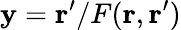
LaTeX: \mathbf{y}=\mathbf{r}^{\prime}/F(\mathbf{r},\mathbf{r}^{\prime})